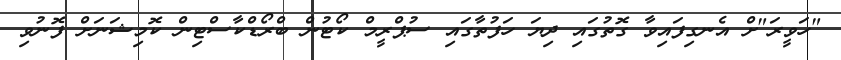
"ހަވީރަ"ށް އެނގިފައިވާ ގޮތުގައި ދިޔަ ހަފުތާގައި ސުޕްރީމް ކޯޓުން ބްރޯޑްކާސްޓިން ކޮމިޝަނަށް ފޮނުވި